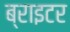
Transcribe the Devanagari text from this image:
ब्राइटर